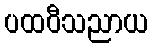
ပထဝီသညာယ